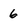
Character: 6